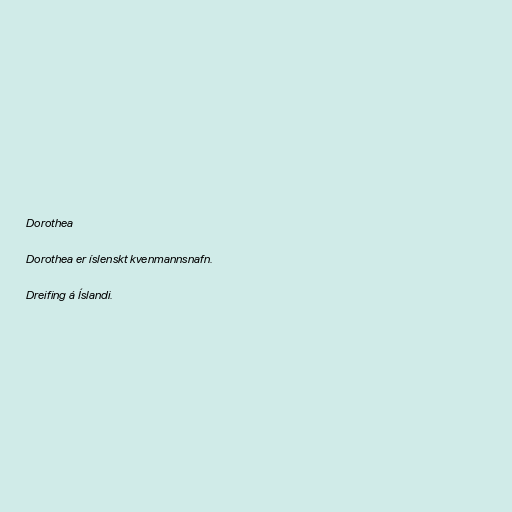
Dorothea

Dorothea er íslenskt kvenmannsnafn.

Dreifing á Íslandi.